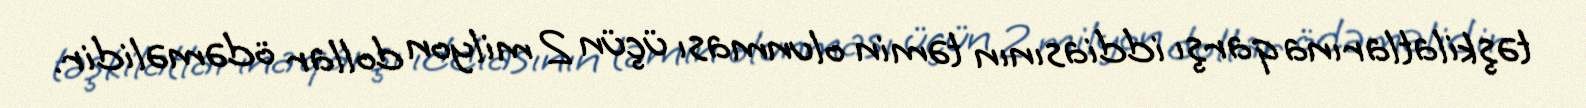
təşkilatlarına qarşı iddiasının təmin olunması üçün 2 milyon dollar ödəməlidir.